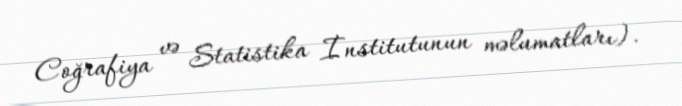
Coğrafiya və Statistika İnstitutunun məlumatları).